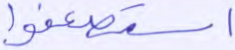
استضعفوا